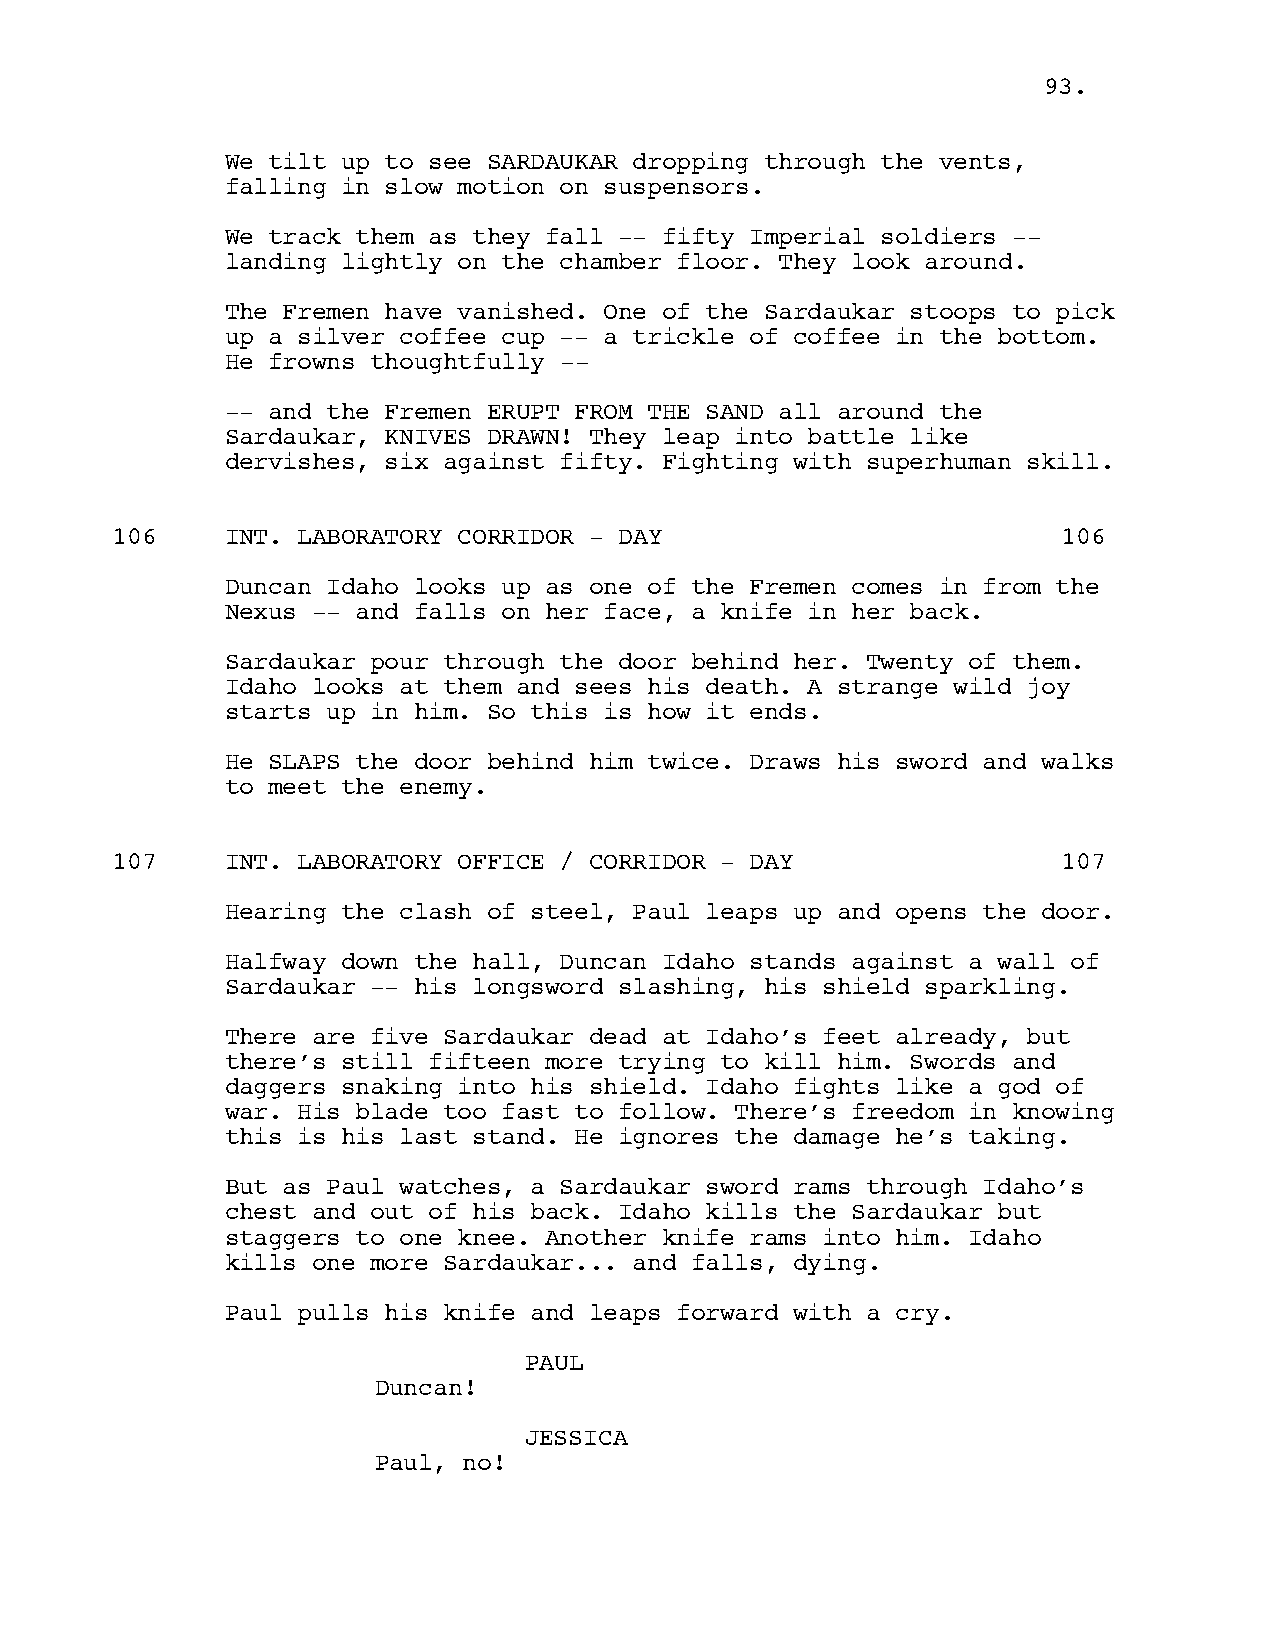
9933..
 We tilt up to see SARDAUKAR dropping through the vents,
 falling in slow motion on suspensors.
 We track them as they fall -- fifty Imperial soldiers --
 landing lightly on the chamber floor. They look around.
 The Fremen have vanished. One of the Sardaukar stoops to pick
 up a silver coffee cup -- a trickle of coffee in the bottom.
 He frowns thoughtfully --
 -- and the Fremen ERUPT FROM THE SAND all around the
 Sardaukar, KNIVES DRAWN! They leap into battle like
 dervishes, six against fifty. Fighting with superhuman skill.
 106     INT. LABORATORY CORRIDOR - DAY                         106
 Duncan Idaho looks up as one of the Fremen comes in from the
 Nexus -- and falls on her face, a knife in her back.
 Sardaukar pour through the door behind her. Twenty of them.
 Idaho looks at them and sees his death. A strange wild joy
 starts up in him. So this is how it ends.
 He SLAPS the door behind him twice. Draws his sword and walks
 to meet the enemy.
 107     INT. LABORATORY OFFICE / CORRIDOR - DAY                107
 Hearing the clash of steel, Paul leaps up and opens the door.
 Halfway down the hall, Duncan Idaho stands against a wall of
 Sardaukar -- his longsword slashing, his shield sparkling.
 There are five Sardaukar dead at Idaho’s feet already, but
 there’s still fifteen more trying to kill him. Swords and
 daggers snaking into his shield. Idaho fights like a god of
 war. His blade too fast to follow. There’s freedom in knowing
 this is his last stand. He ignores the damage he’s taking.
 But as Paul watches, a Sardaukar sword rams through Idaho’s
 chest and out of his back. Idaho kills the Sardaukar but
 staggers to one knee. Another knife rams into him. Idaho
 kills one more Sardaukar... and falls, dying.
 Paul pulls his knife and leaps forward with a cry.
 PAUL
 Duncan!
 JESSICA
 Paul, no!